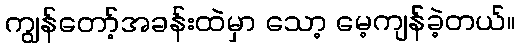
ကျွန်တော့်အခန်းထဲမှာ သော့ မေ့ကျန်ခဲ့တယ်။